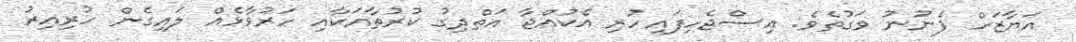
އަޔާޒަށް ފެނުނު ވަގުތެވެ. އިސްޖެހިފައިހުރި އެކުއްޖާ އަތްދިގު ކުރުތާއަކާއި ހަރުވާޅެއް ލައިގެން ހުރިއިރު